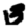
Digit: 3